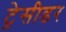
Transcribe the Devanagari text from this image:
ट्रेसीडर